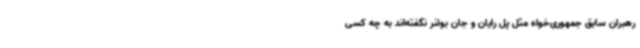
رهبران سابق جمهوری‌خواه مثل پل رایان و جان بوئنر نگفته‌اند به چه کسی